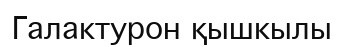
Галактурон қышкылы